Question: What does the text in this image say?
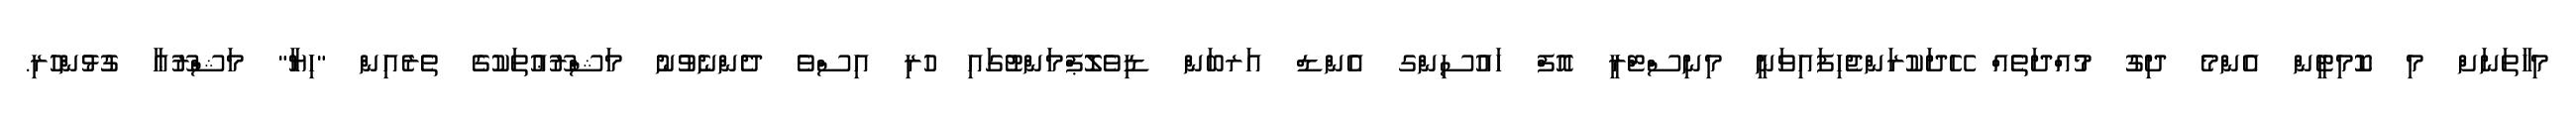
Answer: މިހާތަނަށް މި ކޮމިޓީން އެންމެ ދިގު މުއްދަތެއް ހޭދަކުރަންޖެހިފައިވަނީ މިނިސްޓްރީ އޮފް ހައުސިންގ އެންޑް އަރބަން ޑިވެލޮޕްމަންޓުގައި ހުރި އިސްވެ ދެންނެވުނު މަޝްރޫޢުތަކުގެ ތެރެއިން "ހިޔާ" މަޝްރޫޢާ ގުޅުންހުރި.